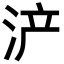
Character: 浐